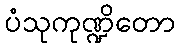
ပံသုကုဏ္ဍိတော